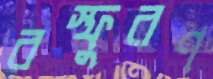
বস্ফুরণ